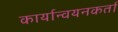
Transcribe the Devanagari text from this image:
कार्यान्वयनकर्ता